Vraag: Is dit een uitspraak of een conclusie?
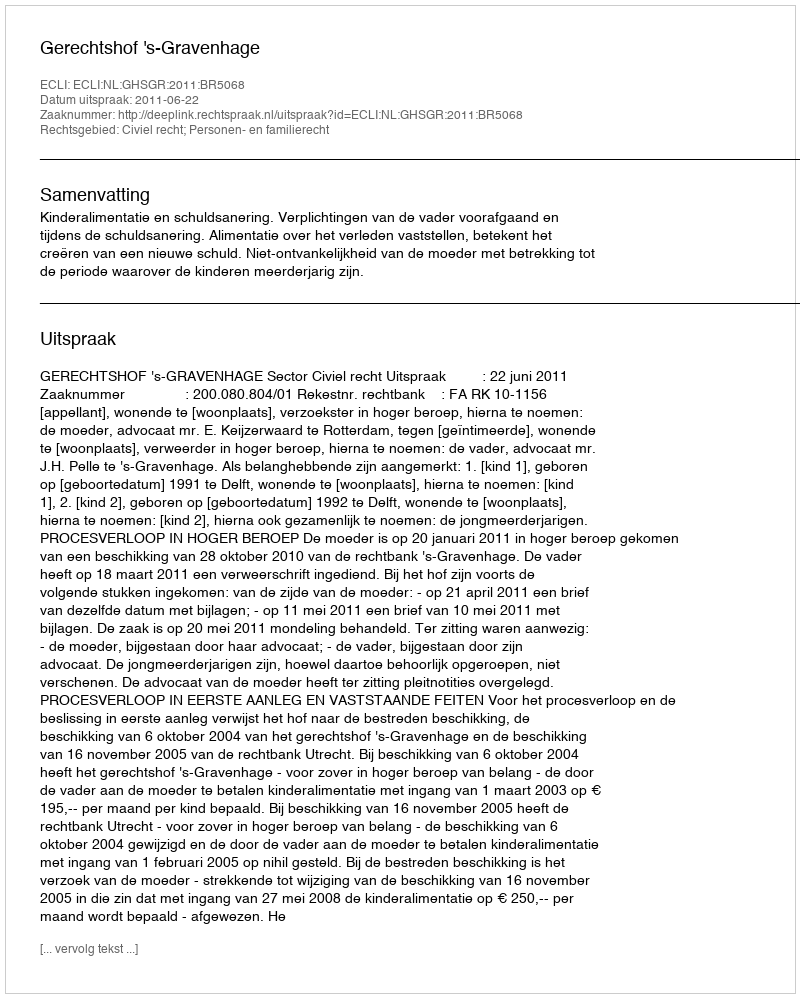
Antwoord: Uitspraak